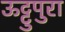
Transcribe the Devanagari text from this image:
ऊट्टुपुरा